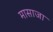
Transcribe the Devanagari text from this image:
मासाजा